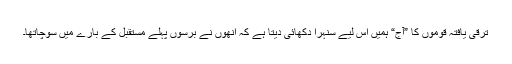
ترقی یافتہ قوموں کا ”آج“ ہمیں اس لیے سنہرا دکھائی دیتا ہے کہ انھوں نے برسوں پہلے مستقبل کے بارے میں سوچاتھا۔